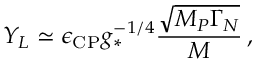
Y _ { L } \simeq \epsilon _ { \mathrm { C P } } g _ { * } ^ { - 1 / 4 } \frac { \sqrt { M _ { P } \Gamma _ { N } } } { M } \, ,